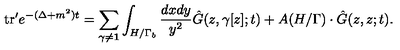
\mathrm { t r } ^ { \prime } e ^ { - ( \Delta + m ^ { 2 } ) t } = \sum _ { \gamma \neq { \bf 1 } } \int _ { H / \Gamma _ { b } } { \frac { d x d y } { y ^ { 2 } } } { \hat { G } } ( z , \gamma [ z ] ; t ) + A ( H / \Gamma ) \cdot { \hat { G } } ( z , z ; t ) .